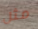
مثل